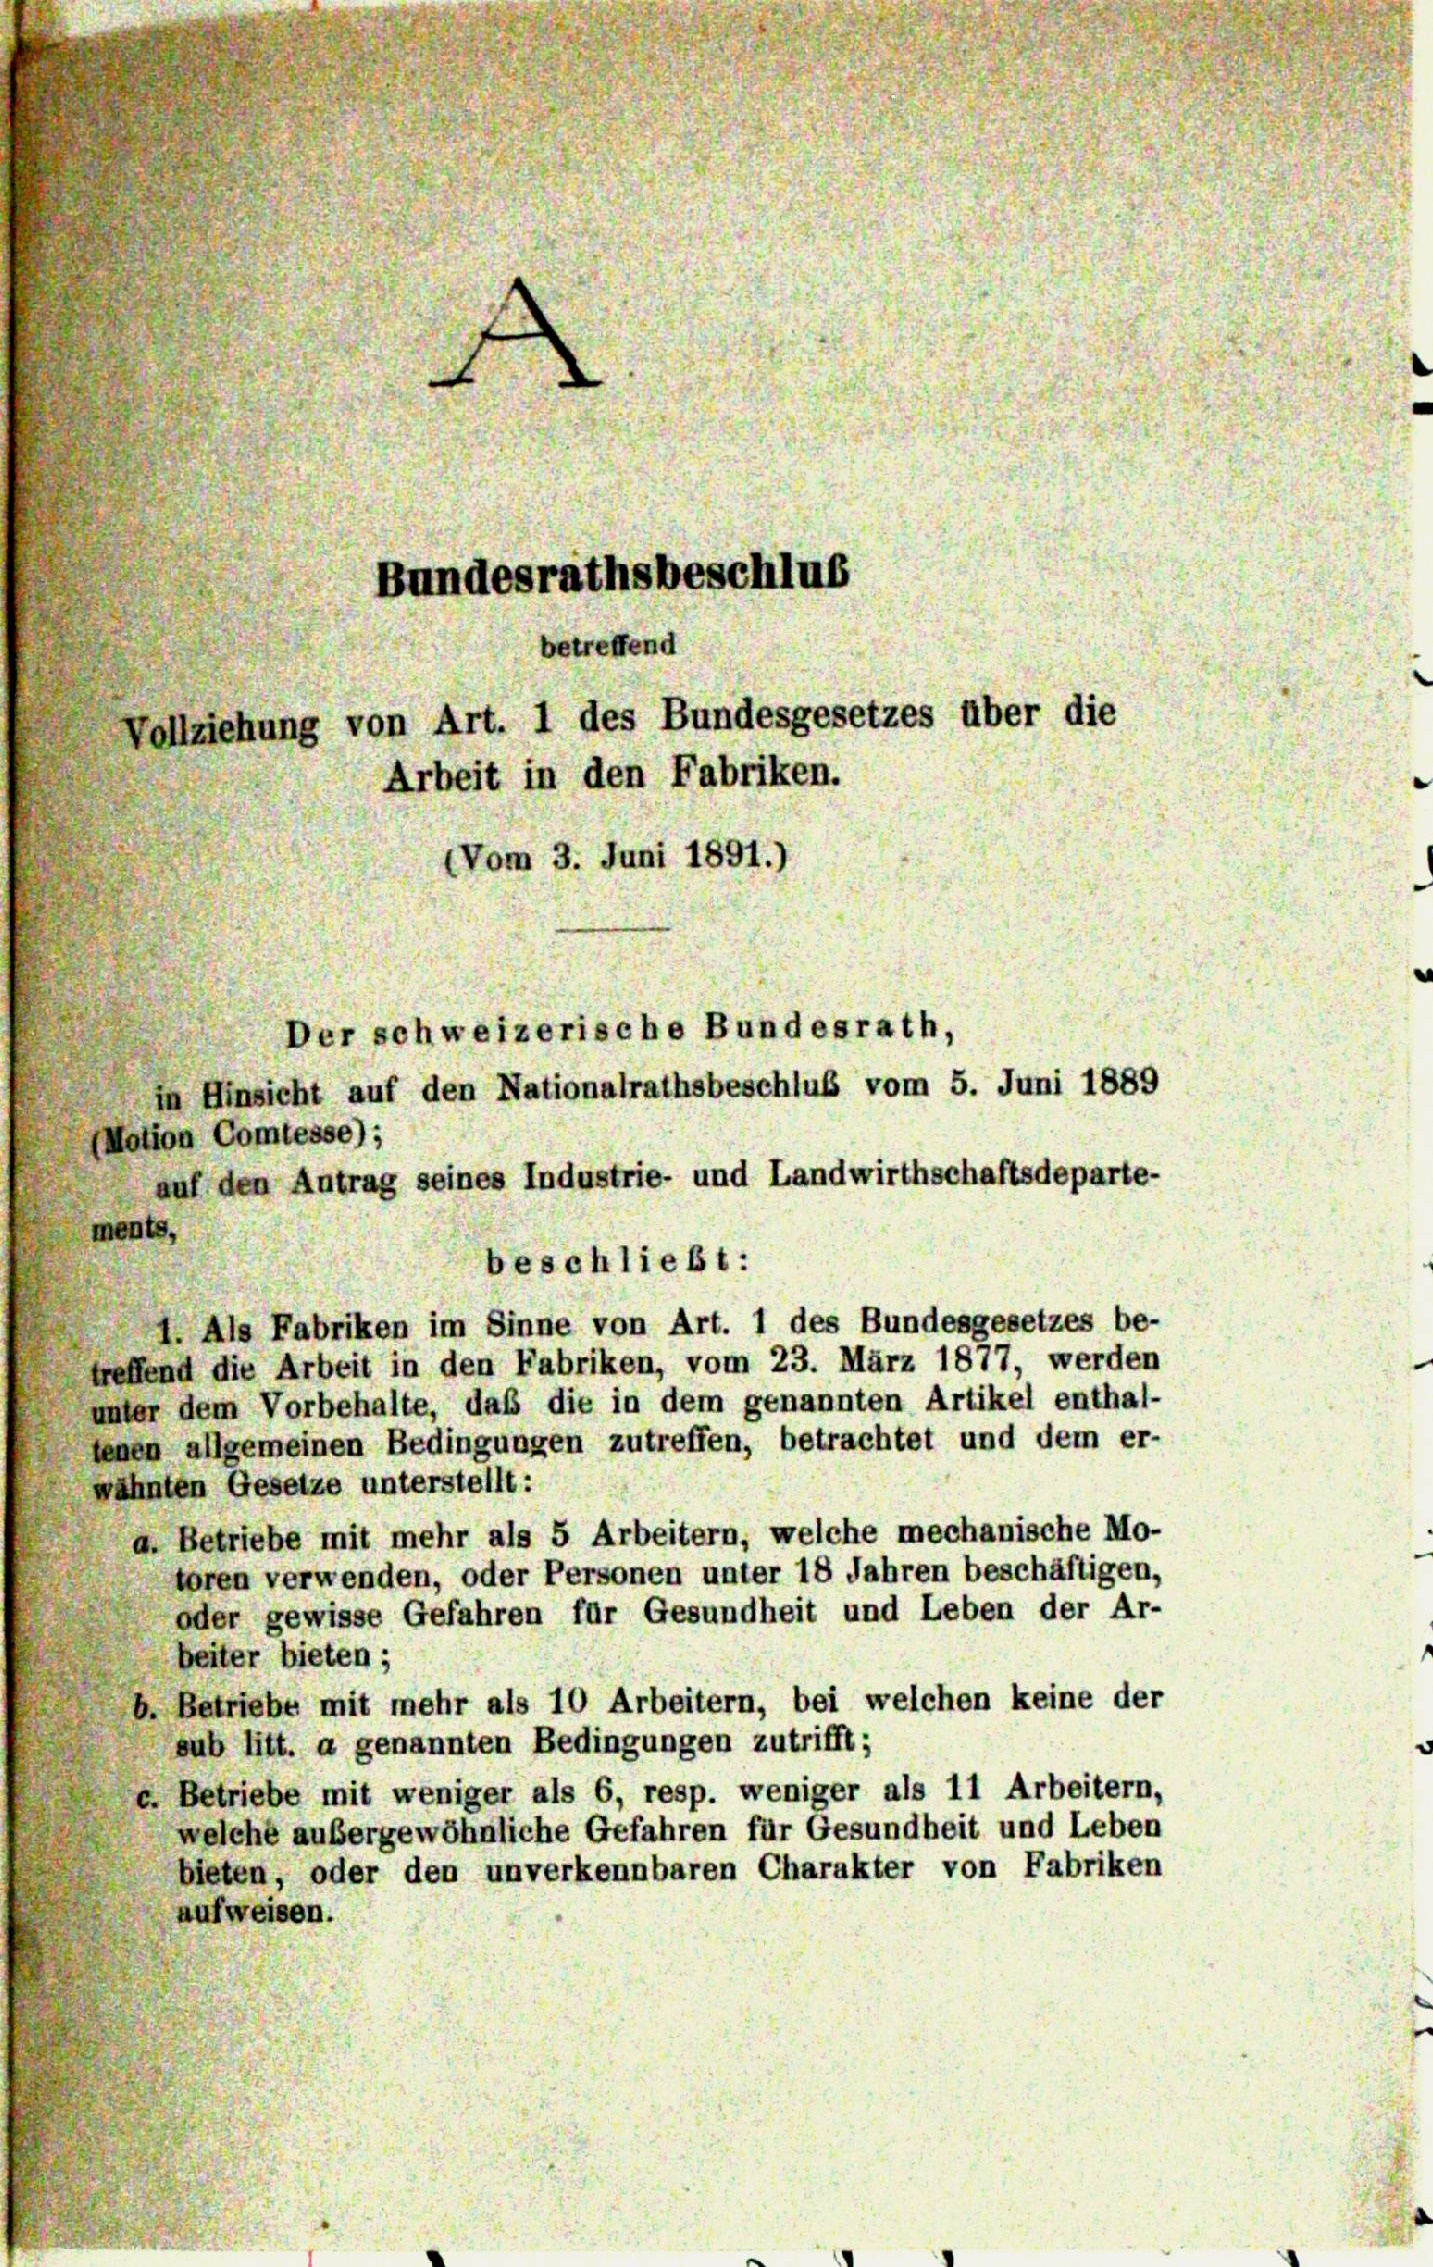
(Motion Comtesse);
auf den Antrag seines Industrie- und Landwirthschaftsdeparte-
ments,
beschließt:
1. Als Fabriken im Sinne von Art. 1 des Bundesgesetzes be-
treffend die Arbeit in den Fabriken, vom 23. März 1877, werden
unter dem Vorbehalte, daß die in dem genannten Artikel enthal-
jenen allgemeinen Bedingungen zutreffen, betrachtet und dem er-
wähnten Gesetze unterstellt:
a. Betriebe mit mehr als 5 Arbeitern, welche mechanische Mo-
toren verwenden, oder Personen unter 18 Jahren beschäftigen,
oder gewisse Gefahren für Gesundheit und Leben der Ar-
beiter bieten;
Betriebe mit mehr als 10 Arbeitern, bei welchen keine der
sub litt. a genannten Bedingungen zutrifft;
«. Betriebe mit weniger als 6, resp. weniger als 11 Arbeitern,
welche außergewöhnliche Gefahren für Gesundheit und Leben
bieten, oder den unverkennbaren Charakter von Fabriken
aufweisen.

Bundesrathsbeschlus
betreffend
Vollziehung von Art. 1 des Bundesgesetzes über die
Arbeit in den Fabriken.
Vom 3. Juni 1891.)
ler schweizerische Bundesrath,
in Hinsicht auf den Nationalrathsbeschluß vom 5. Juni 1889